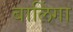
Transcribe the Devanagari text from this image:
बालिंगा